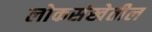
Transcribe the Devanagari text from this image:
लोकसंखेतील